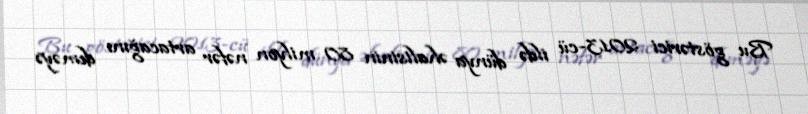
Bu göstərici 2013-cü ildə dünya əhalisinin 80 milyon nəfər artacağını deməyə